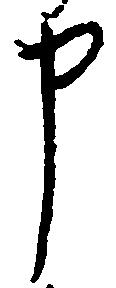
申